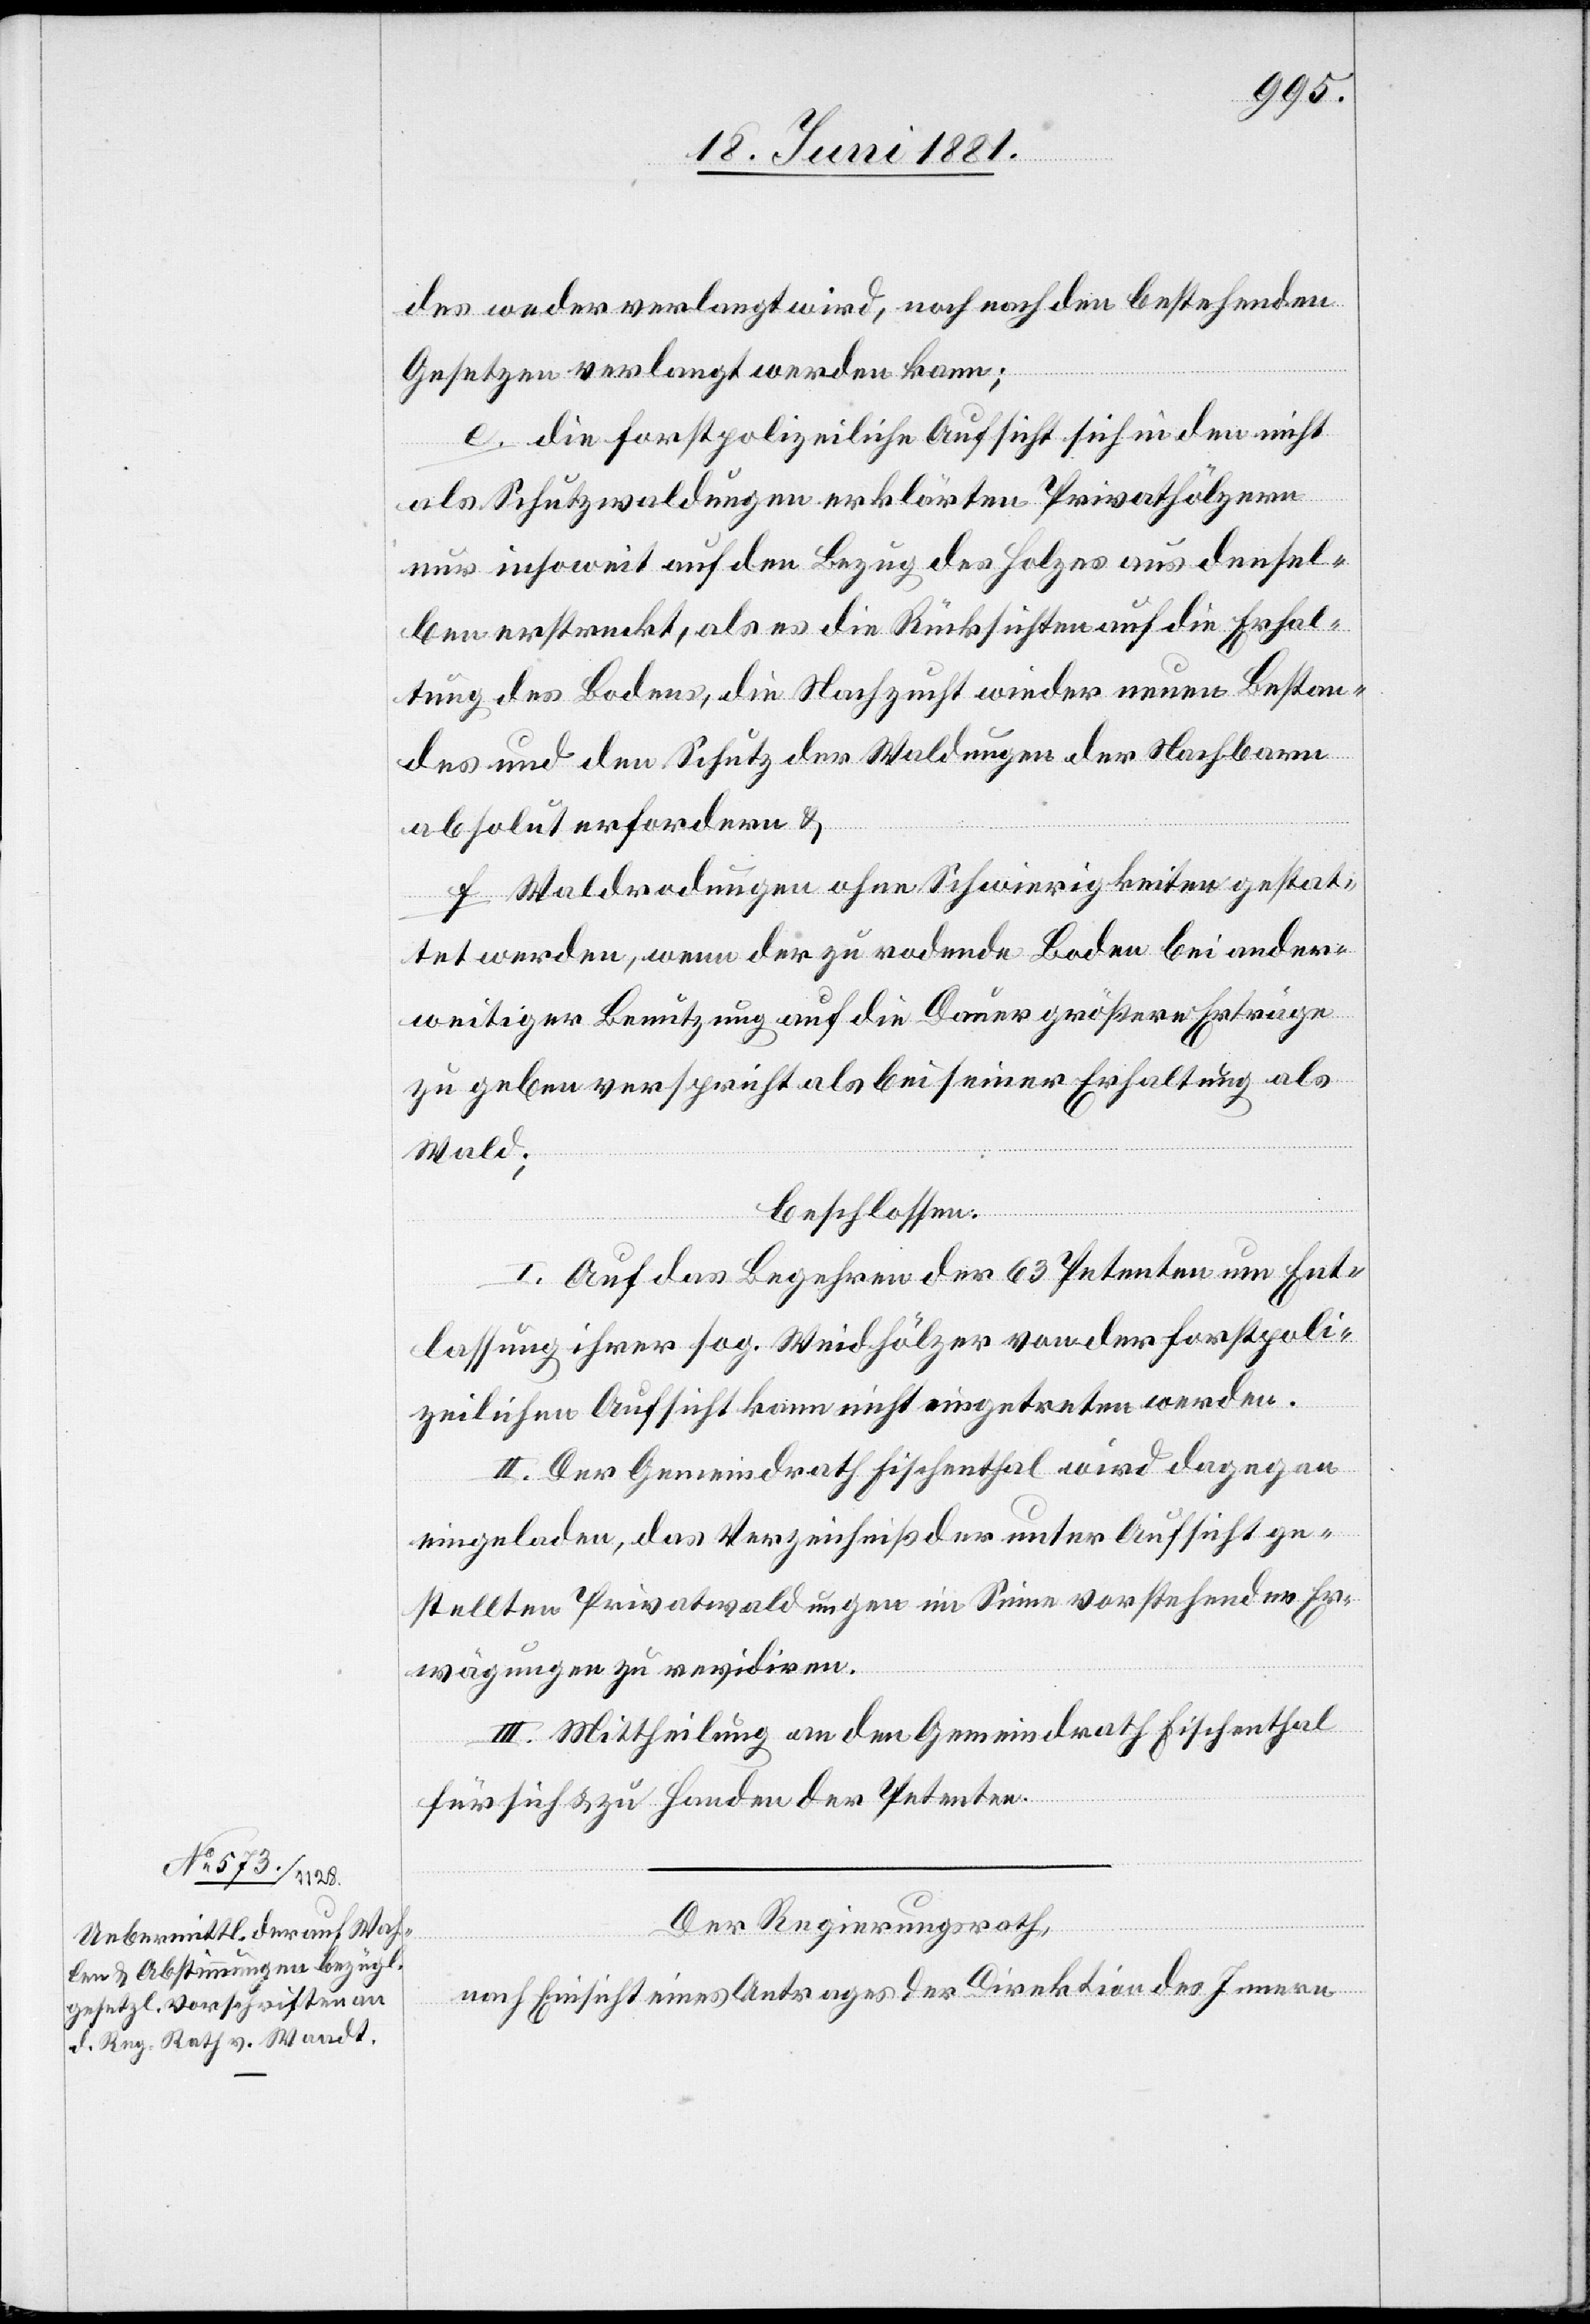
des weder verlangt wird, noch nach den bestehenden
Gesetzen verlangt werden kann;
e. die forstpolizeiliche Aufsicht sich in den nicht
als Schutzwaldungen erklärten Privathölzern
nur insoweit auf den Bezug des Holzes aus densel¬
ben erstreckt, als es die Rücksichten auf die Erhal¬
tung des Bodens, die Nachzucht wieder neuen Bestan¬
des und den Schutz der Waldungen der Nachbarn
absolut erfordern &
f. Waldrodungen ohne Schwierigkeiten gestat¬
tet werden, wenn der zu rodende Boden bei ander¬
weitiger Benutzung auf die Dauer größere Erträge
zu geben verspricht als bei seiner Erhaltung als
Wald.
beschlossen:
I. Auf das Begehren der 63 Petenten um Ent¬
lassung ihrer sog. Weidhölzer von der forstpoli¬
zeilichen Aufsicht kann nicht eingetreten werden.
II. Der Gemeindrath Fischenthal wird dagegen
eingeladen, das Verzeichniß der unter Aufsicht ge¬
stellten Privatwaldungen im Sinne vorstehender Er¬
wägungen zu revidiren.
III. Mittheilung an den Gemeindrath Fischenthal
für sich & zu Handen der Petenten.
Der Regierungsrath,
nach Einsicht eines Antrages der Direktion des Innern